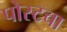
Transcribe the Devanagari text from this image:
पोस्टचा